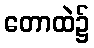
တောထဲ၌